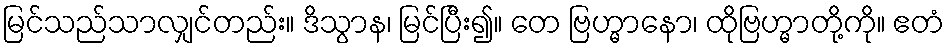
မြင်သည်သာလျှင်တည်း။ ဒိသွာန၊ မြင်ပြီး၍။ တေ ဗြဟ္မာနော၊ ထိုဗြဟ္မာတို့ကို။ ဧတံ